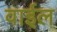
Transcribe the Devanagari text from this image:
वाईल